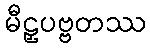
မီဠှပဗ္ဗတဿ